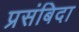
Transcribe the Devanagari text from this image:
प्रसंबिदा